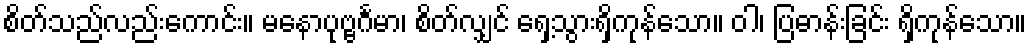
စိတ်သည်လည်းကောင်း။ မနောပုဗ္ဗင်္ဂမာ၊ စိတ်လျှင် ရှေ့သွားရှိကုန်သော။ ဝါ၊ ပြဓာန်းခြင်း ရှိကုန်သော။